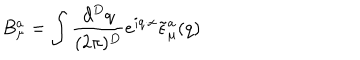
B _ { \mu } ^ { a } = \int \frac { d ^ { D } q } { ( 2 \pi ) ^ { D } } e ^ { i q \cdot x } \tilde { \epsilon } _ { \mu } ^ { a } ( q )